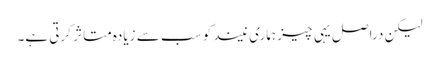
لیکن دراصل یہی چیز ہماری نیند کو سب سے زیادہ متاثر کرتی ہے۔